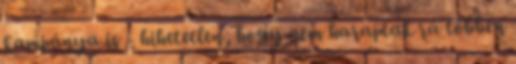
kampánya is - hihetetlen, hogy nem haraptak rá többen